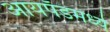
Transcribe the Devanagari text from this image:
आयपॅडमध्ये